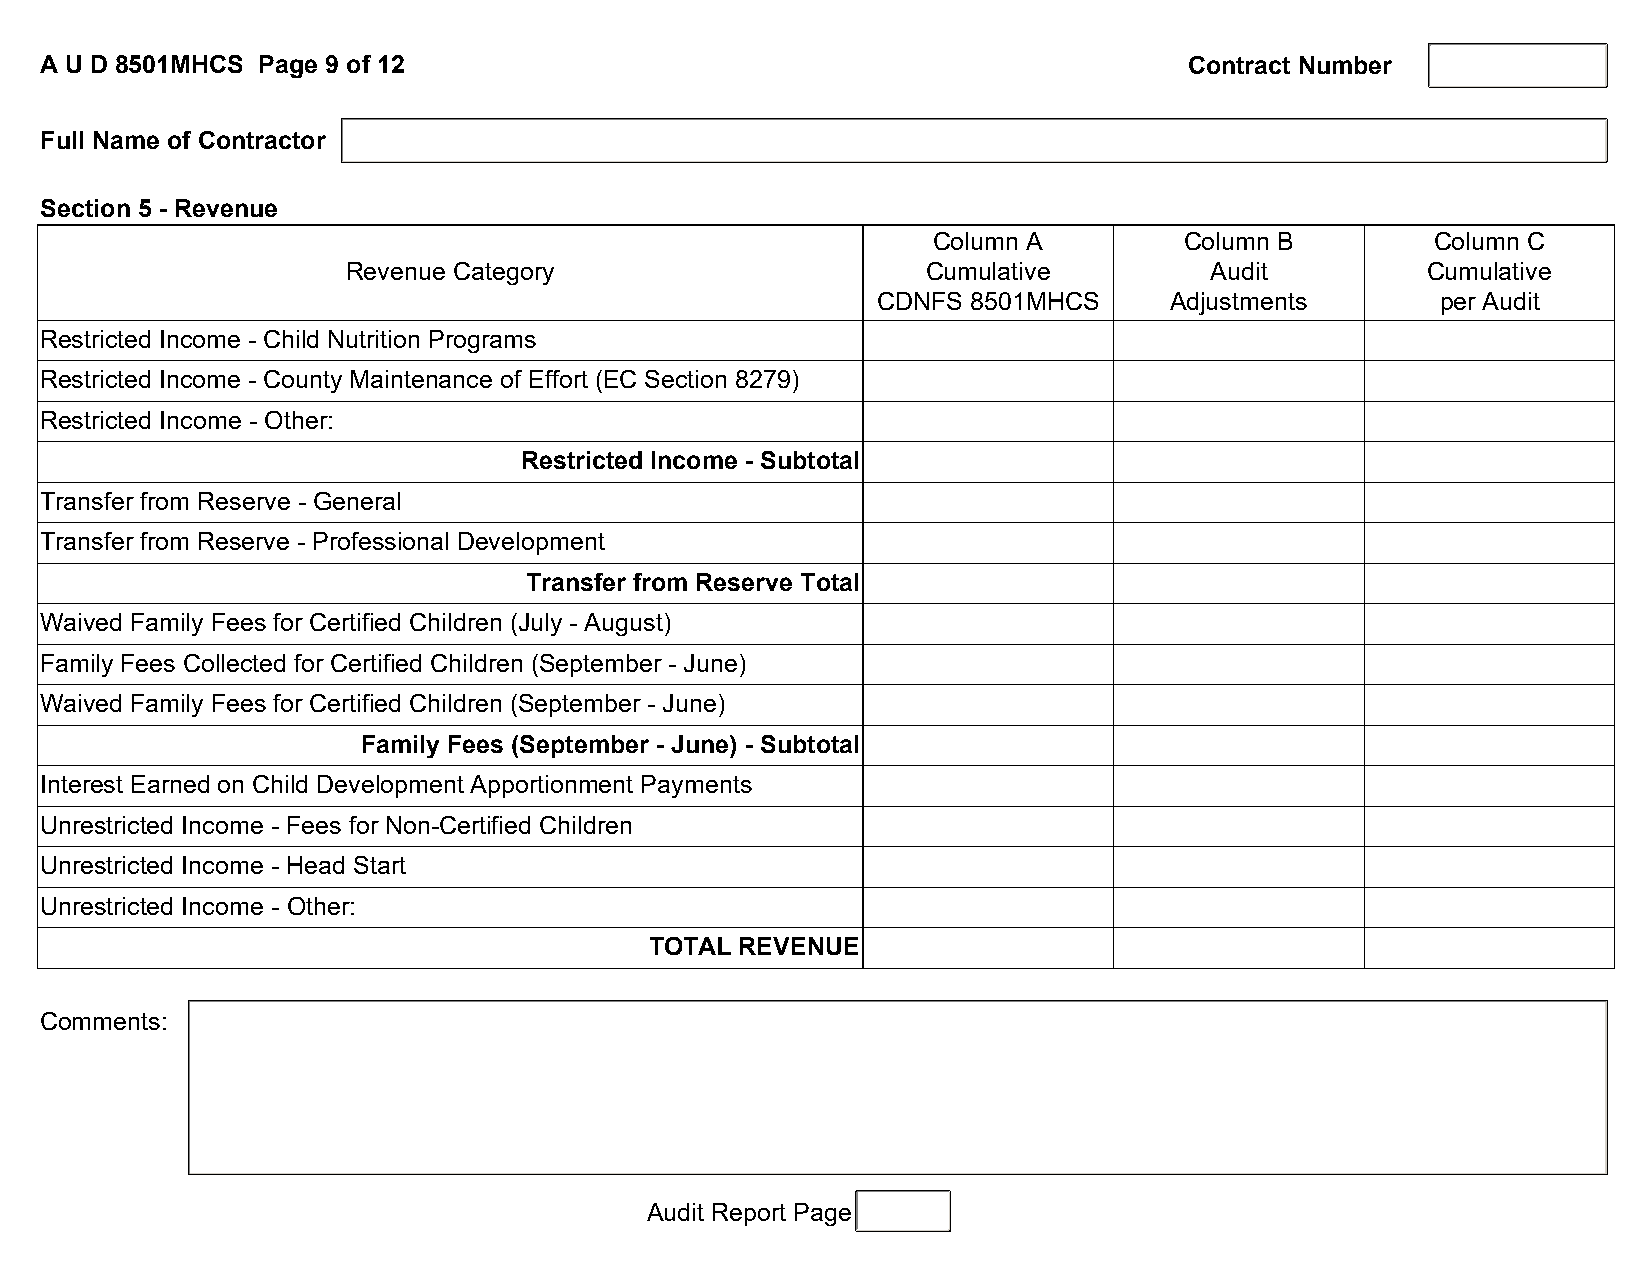
A U D 8501MHCS Page 9 of 12                                                 Contract Number
 Full Name of Contractor
 Section 5 - Revenue
 Column A        Column B         Column C
 Revenue Category                      Cumulative         Audit         Cumulative
 CDNFS 8501MHCS     Adjustments       per Audit
 Restricted Income - Child Nutrition Programs
 Restricted Income - County Maintenance of Effort (EC Section 8279)
 Restricted Income - Other:
 Restricted Income - Subtotal
 Transfer from Reserve - General
 Transfer from Reserve - Professional Development
 Transfer from Reserve Total
 Waived Family Fees for Certified Children (July - August)
 Family Fees Collected for Certified Children (September - June)
 Waived Family Fees for Certified Children (September - June)
 Family Fees (September - June) - Subtotal
 Interest Earned on Child Development Apportionment Payments
 Unrestricted Income - Fees for Non-Certified Children
 Unrestricted Income - Head Start
 Unrestricted Income - Other:
 TOTAL REVENUE
 Comments:
 Audit Report Page